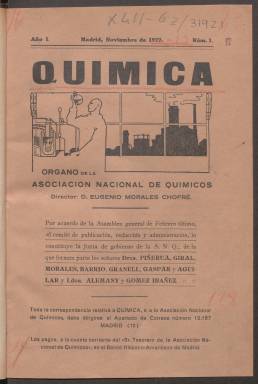
Título: Química (Madrid)
Colección: Ciencias
Ámbito geográfico: Madrid
Lugar de publicación: Madrid
Fechas: 01/11/1922-31/05/1923